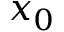
x _ { 0 }